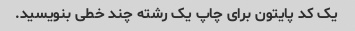
یک کد پایتون برای چاپ یک رشته چند خطی بنویسید.